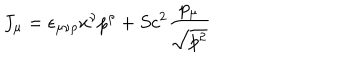
LaTeX: J _ { \mu } = \epsilon _ { \mu \nu \rho } x ^ { \nu } p ^ { \rho } + S c ^ { 2 } \frac { p _ { \mu } } { \sqrt { p ^ { 2 } } }